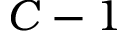
C - 1